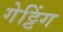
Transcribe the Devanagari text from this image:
गेट्टिंग